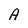
Character: A